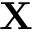
\mathbf { X }